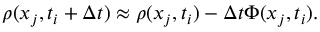
\rho ( x _ { j } , t _ { i } + \Delta t ) \approx \rho ( x _ { j } , t _ { i } ) - \Delta t \Phi ( x _ { j } , t _ { i } ) .